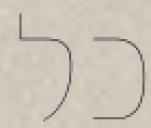
כל